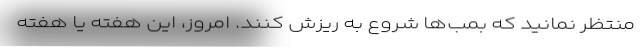
منتظر نمانید که بمب‌ها شروع به ریزش کنند. امروز، این هفته یا هفته